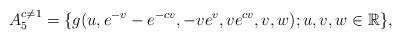
LaTeX: \begin{align*} A_5^{c \neq 1}=\{g(u,e^{-v}-e^{-cv}, -ve^v,ve^{cv},v,w); u, v, w \in \mathbb R\}, \end{align*}